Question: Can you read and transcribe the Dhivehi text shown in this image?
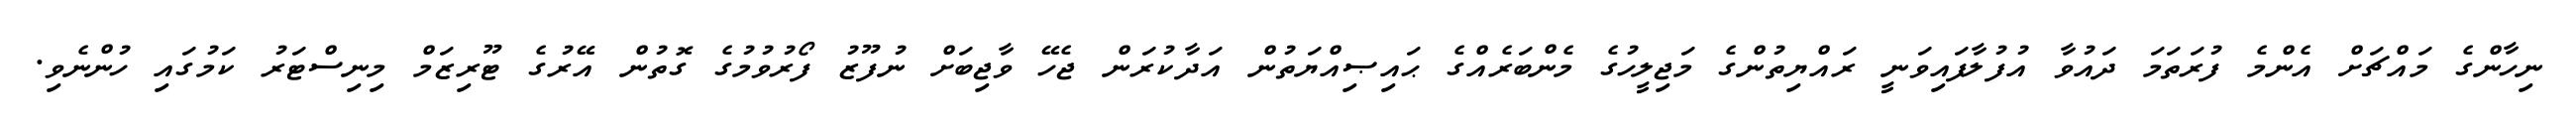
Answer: ނިހާންގެ މައްޗަށް އެންމެ ފުރަތަމަ ދައުވާ އުފުލާފައިވަނީ ރައްޔިތުންގެ މަޖިލީހުގެ މެންބަރެއްގެ ޙައިޞިއްޔަތުން އަދާކުރަން ޖެހޭ ވާޖިބަށް ނުފޫޒު ފޯރުވުމުގެ ގޮތުން އޭރުގެ ޓޫރިޒަމް މިނިސްޓަރު ކަމުގައި ހުންނެވި.